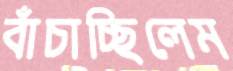
বাঁচাচ্ছিলেম